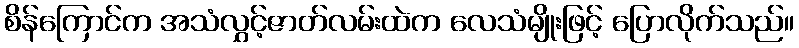
စိန်ကြောင်က အသံလွှင့်ဇာတ်လမ်းထဲက လေသံမျိုးဖြင့် ပြောလိုက်သည်။